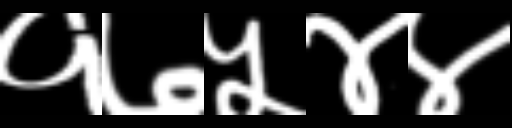
Text: १७५४४